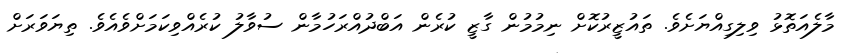
މާލެއަތޮޅު ވިލިގިއްޔަށެވެ. ތައުޒީރުކޮށް ނިމުމުން ގާޒީ ކުރެން އަބްދުއްރަހުމާން ސުވާލު ކުރެއްވިކަމަށްވެއެވެ. ތިޔަވަރަށް